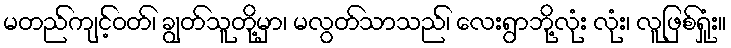
မတည်ကျင့်ဝတ်၊ ချွတ်သူတို့မှာ၊ မလွတ်သာသည်၊ လေးရွာဘို့လုံး လုံး၊ လူဖြစ်ရှုံး။